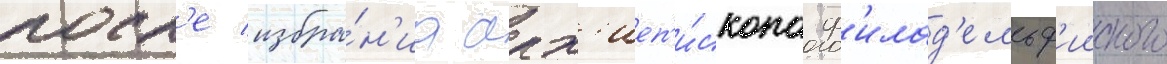
посл'е избра́н'иа арх'иеп'и́скопа ф'илад'ельф'ииского